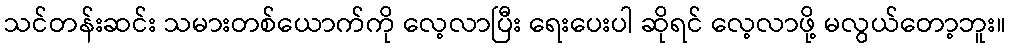
သင်တန်းဆင်း သမားတစ်ယောက်ကို လေ့လာပြီး ရေးပေးပါ ဆိုရင် လေ့လာဖို့ မလွယ်တော့ဘူး။